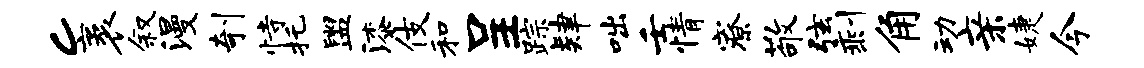
c袤叙漫剞恃托盥漆伎和呈踪肄咄壬情寮敬弦剩角动亲婕今